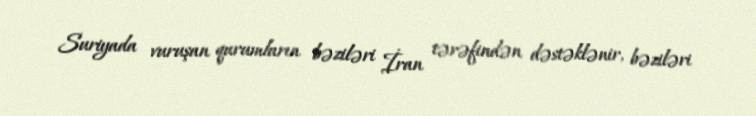
Suriyada vuruşan qurumların bəziləri İran tərəfindən dəstəklənir, bəziləri